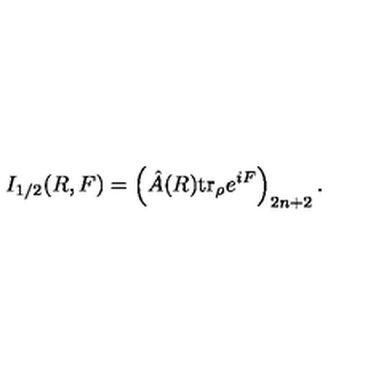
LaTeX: I _ { 1 / 2 } ( R , F ) = \left( \hat { A } ( R ) \mathrm { t r } _ { \rho } e ^ { i F } \right) _ { 2 n + 2 } .